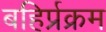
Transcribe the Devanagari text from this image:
बहिर्प्रक्रम